Vital statistics of India. Vol. VI, European troops 1870-79
Year: 1870
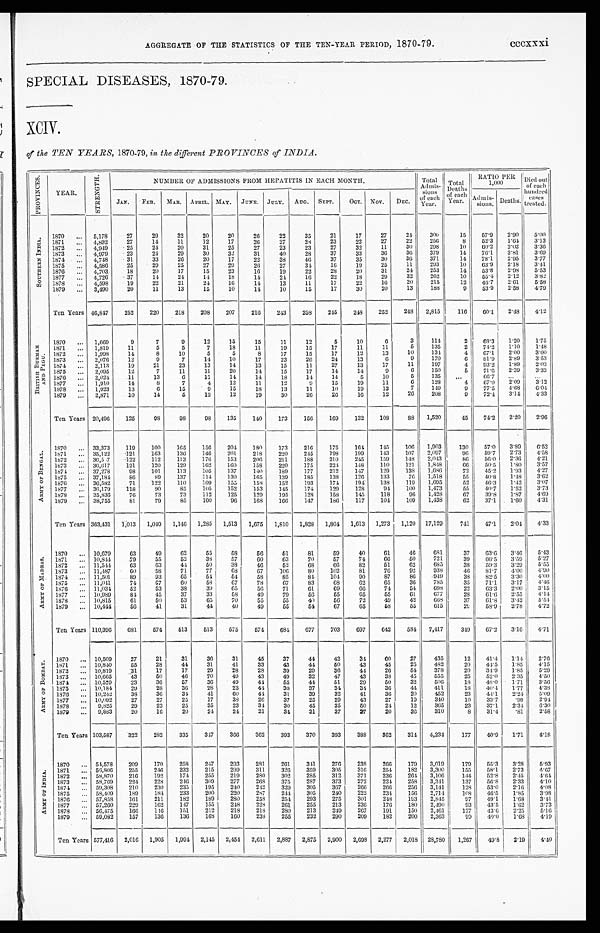
AGGREGATE OF THE STATISTICS OF THE TEN-YEAR PERIOD, 1870-79. cccxxxi
SPECIAL DISEASES, 1870-79.
XCIV.
of the TEN YEARS, 1870-79, in the different PROVINCES of INDIA.
P R O V I N C E S .
YEAR.
S T R E N G T H .
NUMBER OF ADMISSIONS FROM HEPATITIS IN EACH MONTH.
Total
Admis-
sions
of each
Year.
T o t a l
Deat hs
of each
Year.
RATIO PER
1,000
Died out
of each
h u n d r e d
cases
JAN. FEB. MAR. APRIL. MAY. JUNE. JULY. AUG. SEPT.
OCT. NOV. DEC.
Admis-
sions. Deaths.
S O U T H E R N I N D I A .
1870
. . . 5,178
27
29
32
20
20
26
22
35
21
17
27
24
300
15
57.9
2.90 5 . 0 0
1871 ... 4,892
27
14
11
12
17
26
27
28
23
22
27
22
256
8
52.3 1.64 3.13
1872
. . . 4,949
25
24
20
31
25
27
23
23
27
32
11
30
298
10
60.2 2.02 3 . 3 6
1873
. . . 4,979
23
24
29
30
32
31
40
28
37
33
36
36
379
14 76.1 3.81
3.69
1874
. . . 4,748
31
33
26
20
17
22
38
46
37
35
30
36
371
14 78.1 2.95
3.77
1875 ... 4,586
25
29
25
27
29
26
27
34
16
19
25
11
293
10 63.9 2.18 3 . 4 1
1876 ... 4,703
18
20
17
15
23
16
19
22
2 8 20
31
24
253
14 53.8
2.98 5.53
1877 ... 4,726
37
14
24
14
18
14
24
16
22
18
29
32
262
10
55.4 2.12 3 . 8 2
1878 ... 4,598
19
22
21
24
16
14
13
11
17
22
16
20
215
12 46.7 2.61
5 . 5 8
1879 ... 3,490
20
11
13
15
10
14
10
15
17
30
20
13
188
9
53.9 2.58 4 . 7 9
Ten Years 46,847
252
220
218
208
207
216
243
258
245
248
252
248 2,815
116 60.1 2.48 4.12
B R I T I S H B U R M A H A N D P E G U .
1870 ... 1,669
9
7
9
12
15
15
11
12
5
10
6
3
114
2 68.3 1.20
1.75
1871
. . . 1,819
11
5
5
7
18
11
19
15
17
11
11
5
135
2 74.2 1.10
1.48
1872 ... 1,998
14
8
10
5
5
8
17
15
17
12
13
10
134
4 67.1 2.00 3.00
1873 ... 2,076
12
9
7
14
10
17
23
26
24
13
6
9
170
6 81.9 2.89 3 . 5 3
1874 ... 2,113
19
21
23
13
14
13
15
11
27
13
17
11
197
4 93.2 1.89
2 . 0 3
1875 ... 2,095
12
7
11
11
20
14
15
17
14
14
9
6
150
5 71.6 2.39
3 . 3 3
1 8 7 6 ... 2,024
11
13
6
11
14
14
18
14
14
5
10
5
135 ...
6 6 . 7 ...
...
1877 ... 1,910
14
8
7
4
12
11
12
9
15
19
11
6
128
4
6 7 . 0 2.09 3.12
1878 ... 1,923
13
6
15
9
15
18
13
11
10
19
13
7
149
9
77.5
4. 68 6.04
1879 ... 2,871
10
14
5
12
12
19
30
26
26
16
12
26
208
9 72.4 3.14 4 . 3 3
Ten Years 20,496 125
98
98
9 8 135
140
173
156
169
132
108
88 1,520
45 74.2 2.20
2.96
A R M Y O F B E N G A L .
1870 ... 33,373
119
100
165
156
204 180 173
216
175
164 145 106 1,903
130
57.0 3.89 6.52
1871
. . . 35,122
121
163
136
146
201
218
220
245
198
199
143
107 2,097
96
59.7 2.73 4.58
1872 ... 36,5 7 122
112
113
176
153
206
211
188
210
245
159 148 2,043
86
56.0 2.36 4. 21
1873 ... 36,617
121
120
129
162
160 158
220
175
224 148
110
121 1,848
66
50.5 1.80 3. 57
1874 ... 37,278
98
101
113
105
137
140 189
177
212
147
129
138 1,686
72 45.2 1.93 4.27
1875 ... 37,184
86
89
137
114
130
165
139
185
138
126
133
76 1,518
55
40.8 1.48
3.62
1876 ... 36,582
71
122
110
109
155
158
152
193
174
1 9 4 138
119 1,695
52 46.3 1.42 3.07
1877 ... 36,179
118
90
85
105 152
153
145
174 129
128
94
100 1,473
55
40.7 1.59 3.73
1878 ... 35,836
76
73
73
112
125
129
195
128
158
145
118
96 1,428
67
39.8 1.87 4.69
1879 ... 38,755
81
79
85
100
96
168
166
147
186
117
104 109 1,438
62 37.1 1.60 4.31
Ten Years 363,431 1,013 1,049 1,146 1,285 1,513 1,675 1,810 1,828 1,804 1,613 1,273 1,120 17,129
741 47.1 2.04 4.33
A R M Y O F M A D R A S .
1870 ... 10,679
63
49
62
55
58
56
51
81
59
40
61
46
681
37 63.6 3.46 5.43
1871 ... 10,844
.79
55
52
38
57
60
63
70
57
74
66
50
721
39
66.5 3.59
5. 27
1872 ... 11,544
63
63
44
50
38
46
52
68
66
82
51
62 685
38
59.3 3.29 5.55
1873 ... 11,487
60
58
71
77
68
67
106
80
102
81
76
92
938
46
8 1 . 7 4.00 4.90
1874 ... 11,501
89
93
65
54
54
58
85
84 104
90
87
86
949
38
82.5 3.30 4.00
1875 ... 11,041
74
67
60
58
67
78
67
83
68
62
65
36
785
35
71.1 3.17 4.46
1876 ... 11,034
52
53
38
39
65
56
71
61
69
66
74
54 698
22
63.3 2.00 3.15
1877 ... 10,989
84
45
37
33
58
49
79
56
55
65
55
6 1 677
28 61.6 2.55 4.14
1878 ... 10,815
61
50
53
65
70
55
55
40
56
72
49
42
668
37
6 1 . 8 3.42 5.54
1879 ... 10,444
56
41
31
44
40
49
55
54
67
65
58
55
615
29 58.9 2.78 4.72
Ten Years 110,396
681
574 513
513
575
574
684 677
703
697
642 584 7,417
349 67.2 3.16 4.71
A R M Y O F B O M B A Y .
1870 ... 10,509
27
21
31
36
31
45
37
44
42
34
60
27
435
12 41.4 1.14 2.76
1871
. . . 10,840
55
28
44
31
41
33
43
44
50
43
45
25
482
20 44.5 1.85
4.15
1872 ... 10,819
31
17
17
29
28
28
39
29
36
44
26
54 378
20
34.9 1.85
5. 29
1873 ... 10,665
43
5 0
46
70
49
43
49
32
47
43
38
45
555
25
52.0 2.35 4.50
1874 ... 10,529
23
36
57
36
49
44
55
44
51
29
50
32
506
18 48.0 1.71
3.56
1875 ... 10,184
29
28
36
28
23
44
38
37
34
34
36
44 411
18 40.4 1.77
4.38
1876 ... 10,242
38
36
34
41
60
44
31
39
32
41
36
20
452
23
44.1 2.24 5. 09
1877 ... 10,092
27
27
25
17
38
26
37
25
29
43
27
19
340
10
33.7
.99
2.94
1878 ... 9,825
29
23
25
35
23
34
30
45
35
50
24
12
365
23
37.1 2.34 6.30
1879 ... 9,883
20
16
20
24
24
21
34
31
37
27
20
36
310
8
31.4
.81
2. 58
Ten Years 103,587
322
282
335
347 366 362
393
370
393
388
362
314 4,234
177
40.9 1.71 4.18
A R M Y O F I N D I A .
1870 ... 54,578 209
170
258
247
293
281 261
341 276
238
266 179 3,019
179
55.3 3.28 5.93
1871 ... 56,806 255 246
232 215
299
311
326
359
305
316
254 182 3,300
155
58.1 2.73 4.67
1872
. . . 58,870
216
192
174
255
219
280
302
285
312
371
236
264 3,106
144 52.8 2.45 4.64
1873 ... 58,769
224 228
246 309
277
268 375
287
373
272
224
258 3,341
137 56.8 2.33 4.10
1874 ... 59,308
210
230
235 195
240
242 329
305
367
266
266
256 3,141
128
53.0 2.16
4.08
1875 ... 58,409
189
184 233
200
220
287 244 305
240
222 234
156 2,714
108 46.5 1.85
3.98
1876 ... 57,858 161
211
182
189
280
258 254 293
275
301
248
193 2,845
97 49.1 1.68
3.41
1877 ... 57,260
229
162 147 155
248 228
261
255
213
236
176
180 2,490
93 43.5 1.62
3.73
1878 ... 56,475
166
116
151
212
218
218 280
213
249 267
191
150 2,461
127 43.6 2.25
5.16
1879 ... 59,082
157
136
136
168
160
238
255
232
290
209
182
200 2,363
99 40.0 1.68
4.19
Ten Years 577,416 2,016 1,905 1,994 2,145
2 , 4 5 4 2,611 2,887 2,875 2,900 2,698 2,277 2,018 28,780 1,267
4 9 . 8
2.19 4.40